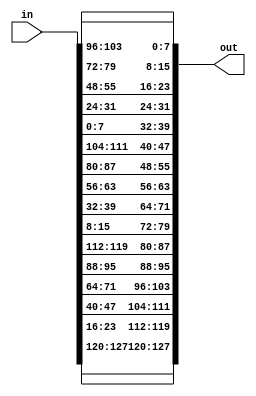
/////////////////////////////////////////////////////////////
// Version   : K-2015.06-SP1
/////////////////////////////////////////////////////////////


module InvShiftRows ( in, out );
  input [127:0] in;
  output [127:0] out;

  assign out[127] = in[127];
  assign out[126] = in[126];
  assign out[125] = in[125];
  assign out[124] = in[124];
  assign out[123] = in[123];
  assign out[122] = in[122];
  assign out[121] = in[121];
  assign out[120] = in[120];
  assign out[119] = in[23];
  assign out[118] = in[22];
  assign out[117] = in[21];
  assign out[116] = in[20];
  assign out[115] = in[19];
  assign out[114] = in[18];
  assign out[113] = in[17];
  assign out[112] = in[16];
  assign out[111] = in[47];
  assign out[110] = in[46];
  assign out[109] = in[45];
  assign out[108] = in[44];
  assign out[107] = in[43];
  assign out[106] = in[42];
  assign out[105] = in[41];
  assign out[104] = in[40];
  assign out[103] = in[71];
  assign out[102] = in[70];
  assign out[101] = in[69];
  assign out[100] = in[68];
  assign out[99] = in[67];
  assign out[98] = in[66];
  assign out[97] = in[65];
  assign out[96] = in[64];
  assign out[95] = in[95];
  assign out[94] = in[94];
  assign out[93] = in[93];
  assign out[92] = in[92];
  assign out[91] = in[91];
  assign out[90] = in[90];
  assign out[89] = in[89];
  assign out[88] = in[88];
  assign out[87] = in[119];
  assign out[86] = in[118];
  assign out[85] = in[117];
  assign out[84] = in[116];
  assign out[83] = in[115];
  assign out[82] = in[114];
  assign out[81] = in[113];
  assign out[80] = in[112];
  assign out[79] = in[15];
  assign out[78] = in[14];
  assign out[77] = in[13];
  assign out[76] = in[12];
  assign out[75] = in[11];
  assign out[74] = in[10];
  assign out[73] = in[9];
  assign out[72] = in[8];
  assign out[71] = in[39];
  assign out[70] = in[38];
  assign out[69] = in[37];
  assign out[68] = in[36];
  assign out[67] = in[35];
  assign out[66] = in[34];
  assign out[65] = in[33];
  assign out[64] = in[32];
  assign out[63] = in[63];
  assign out[62] = in[62];
  assign out[61] = in[61];
  assign out[60] = in[60];
  assign out[59] = in[59];
  assign out[58] = in[58];
  assign out[57] = in[57];
  assign out[56] = in[56];
  assign out[55] = in[87];
  assign out[54] = in[86];
  assign out[53] = in[85];
  assign out[52] = in[84];
  assign out[51] = in[83];
  assign out[50] = in[82];
  assign out[49] = in[81];
  assign out[48] = in[80];
  assign out[47] = in[111];
  assign out[46] = in[110];
  assign out[45] = in[109];
  assign out[44] = in[108];
  assign out[43] = in[107];
  assign out[42] = in[106];
  assign out[41] = in[105];
  assign out[40] = in[104];
  assign out[39] = in[7];
  assign out[38] = in[6];
  assign out[37] = in[5];
  assign out[36] = in[4];
  assign out[35] = in[3];
  assign out[34] = in[2];
  assign out[33] = in[1];
  assign out[32] = in[0];
  assign out[31] = in[31];
  assign out[30] = in[30];
  assign out[29] = in[29];
  assign out[28] = in[28];
  assign out[27] = in[27];
  assign out[26] = in[26];
  assign out[25] = in[25];
  assign out[24] = in[24];
  assign out[23] = in[55];
  assign out[22] = in[54];
  assign out[21] = in[53];
  assign out[20] = in[52];
  assign out[19] = in[51];
  assign out[18] = in[50];
  assign out[17] = in[49];
  assign out[16] = in[48];
  assign out[15] = in[79];
  assign out[14] = in[78];
  assign out[13] = in[77];
  assign out[12] = in[76];
  assign out[11] = in[75];
  assign out[10] = in[74];
  assign out[9] = in[73];
  assign out[8] = in[72];
  assign out[7] = in[103];
  assign out[6] = in[102];
  assign out[5] = in[101];
  assign out[4] = in[100];
  assign out[3] = in[99];
  assign out[2] = in[98];
  assign out[1] = in[97];
  assign out[0] = in[96];

endmodule